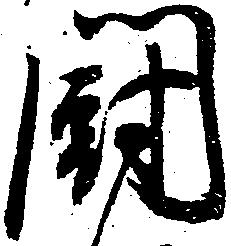
闘